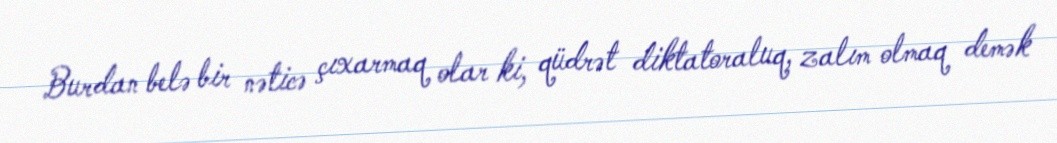
Burdan belə bir nəticə çıxarmaq olar ki, qüdrət diktatoraluq, zalım olmaq demək